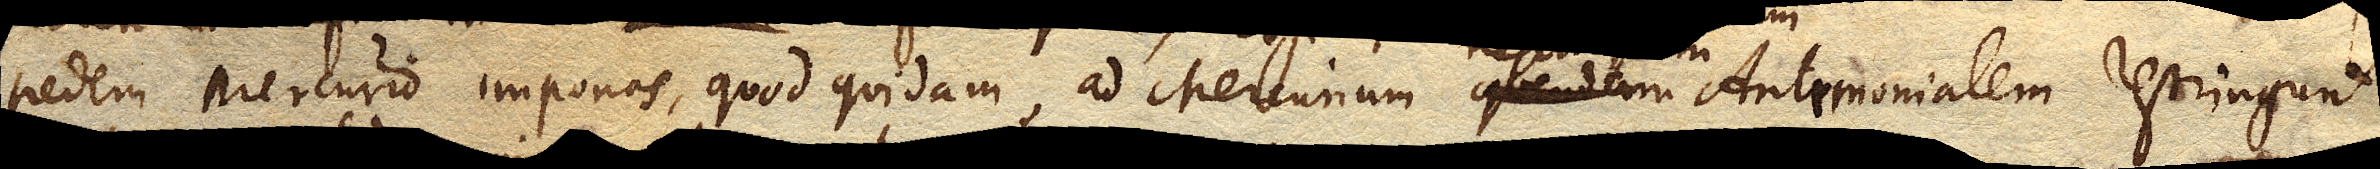
pedem Mercurio imponas, quod quidam ad Mercurium quendam nescio quem Antimonialem restringunt.